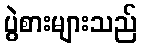
ပွဲစားများသည်